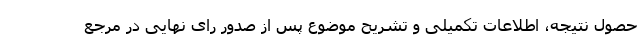
حصول نتیجه، اطلاعات تکمیلی و تشریح موضوع پس از صدور رای نهایی در مرجع